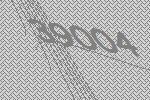
39004